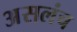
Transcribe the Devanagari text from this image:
असलंच